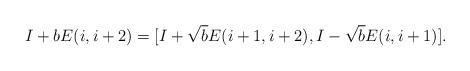
LaTeX: \begin{align*} I+ b E(i,i+2)= [I+ \sqrt{b} E(i+1,i+2),I- \sqrt{b} E(i,i+1) ].\end{align*}